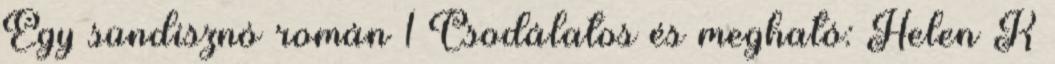
Egy sündisznó román 1 Csodálatos és megható: Helen K